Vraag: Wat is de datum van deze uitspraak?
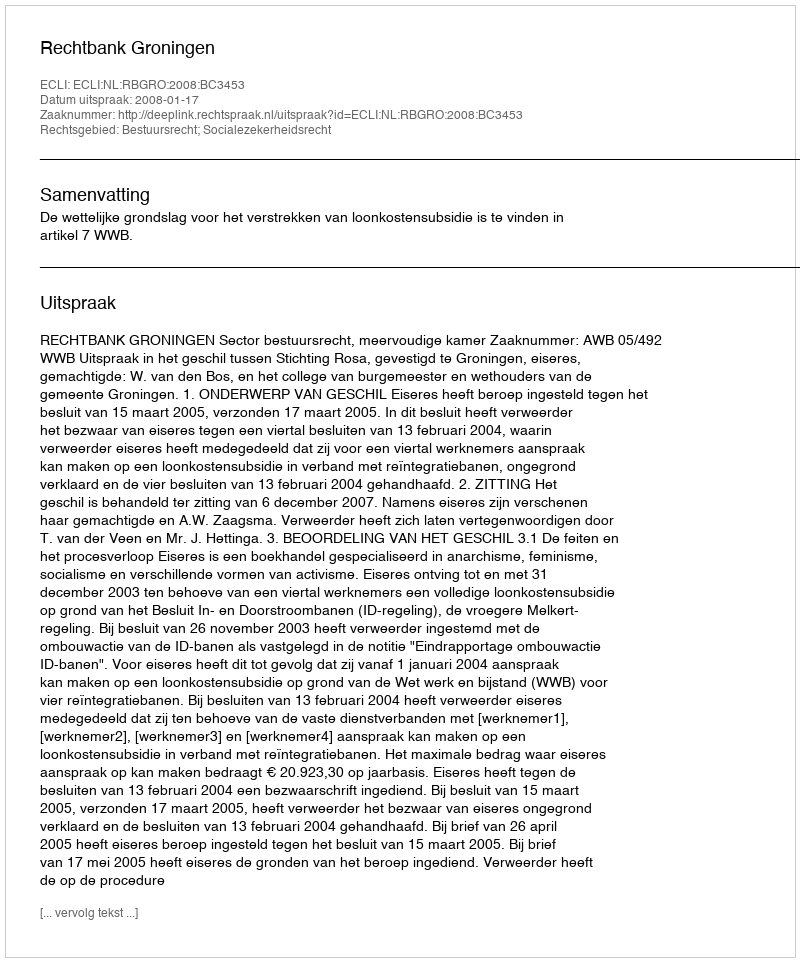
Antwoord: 2008-01-17